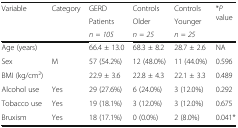
| <ROWSPAN=3> Variable | <ROWSPAN=3> Category | GERD | Controls | Controls | <ROWSPAN=3> *P value |
 | Patients | Older | Younger |
 | n = 105 | n = 25 | n = 25 |
 | --- | --- | --- | --- | --- | --- |
 | Age (years) |  | 66.4 ± 13.0 | 68.3 ± 8.2 | 28.7 ± 2.6 | NA |
 | Sex | M | 57 (54.2%) | 12 (48.0%) | 11 (44.0%) | 0.596 |
 | BMI (kg/cm2) |  | 22.9 ± 3.6 | 22.8 ± 4.3 | 22.1 ± 3.3 | 0.489 |
 | Alcohol use | Yes | 29 (27.6%) | 6 (24.0%) | 3 (12.0%) | 0.292 |
 | Tobacco use | Yes | 19 (18.1%) | 3 (12.0%) | 3 (12.0%) | 0.675 |
 | Bruxism | Yes | 18 (17.1%) | 0 (0.0%) | 2 (8.0%) | 0.041* |